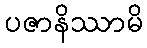
ပဇာနိဿာမိ